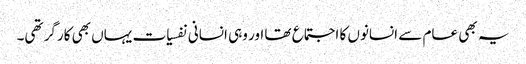
یہ بھی عام سے انسانوں کا اجتماع تھا اور وہی انسانی نفسیات یہاں بھی کارگر تھی۔